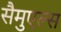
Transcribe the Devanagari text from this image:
सैमुएल्स